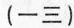
(一三)